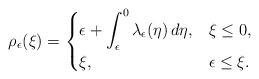
LaTeX: \begin{align*}\rho_\epsilon(\xi)=\begin{cases}\displaystyle{\epsilon+\int_{\epsilon}^0\lambda_\epsilon(\eta)\,d\eta,}& \xi\leq 0,\\\xi,& \epsilon\leq \xi.\end{cases}\end{align*}